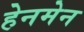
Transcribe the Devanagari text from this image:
हेनमेन